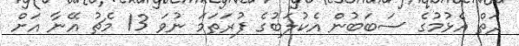
ދަތް އެޅުމުގެ ސަބަބުން އެކުލަބުގެ ފުރަތަމަ ނުވަ 13 މެޗު އޭނާ އަށް